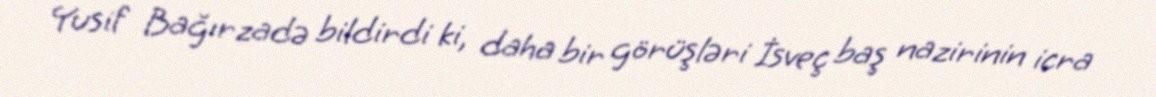
Yusif Bağırzadə bildirdi ki, daha bir görüşləri İsveç baş nazirinin icra